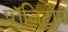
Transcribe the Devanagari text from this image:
पॉजिट्रोन